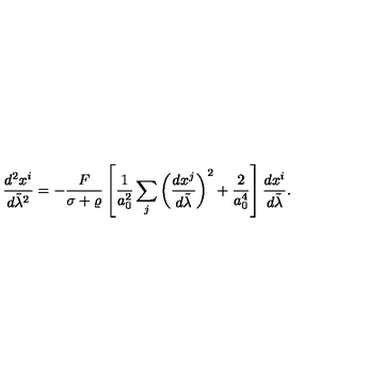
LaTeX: { \frac { d ^ { 2 } x ^ { i } } { d \tilde { \lambda } ^ { 2 } } } = - { \frac { F } { \sigma + \varrho } } \left[ { \frac { 1 } { a _ { 0 } ^ { 2 } } } \sum _ { j } \left( { \frac { d x ^ { j } } { d \tilde { \lambda } } } \right) ^ { 2 } + { \frac { 2 } { a _ { 0 } ^ { 4 } } } \right] { \frac { d x ^ { i } } { d \tilde { \lambda } } } .